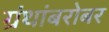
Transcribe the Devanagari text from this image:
ग्रंथांबरोबर